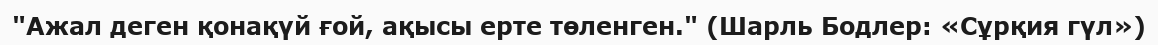
"Ажал деген қонақүй ғой, ақысы ерте төленген." (Шарль Бодлер: «Сұрқия гүл»)